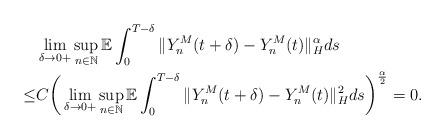
LaTeX: \begin{align*}& \lim_{\delta\rightarrow 0+} \sup_{n\in\mathbb{N}} \mathbb{E} \int_0^{T-\delta} \Vert Y_n^M (t+\delta) - Y_n^M (t) \Vert_{H}^{\alpha} ds \\\leq & C \bigg( \lim_{\delta\rightarrow 0+} \sup_{n\in\mathbb{N}} \mathbb{E} \int_0^{T-\delta} \Vert Y_n^M (t+\delta) - Y_n^M (t) \Vert_{H}^{2} ds \bigg)^{\frac{\alpha}{2}} = 0.\end{align*}